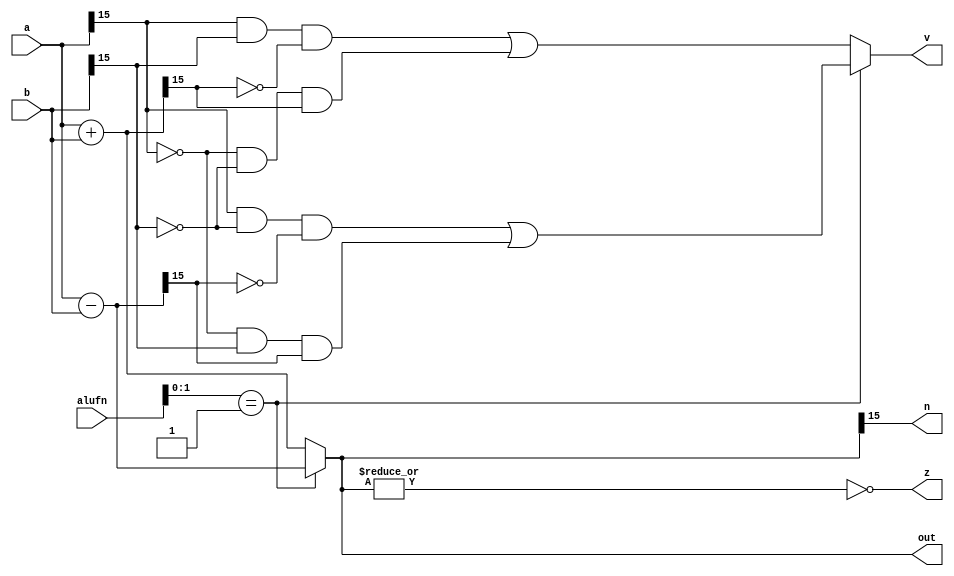
module adderMul_27 (
    input [5:0] alufn,
    input [15:0] a,
    input [15:0] b,
    output reg z,
    output reg v,
    output reg n,
    output reg [15:0] out
  );
  
  
  
  reg [15:0] temp;
  
  always @* begin
    
    case (alufn[0+1-:2])
      2'h0: begin
        temp = a + b;
        v = (a[15+0-:1] & b[15+0-:1] & (~temp[15+0-:1])) | ((~a[15+0-:1]) & (~b[15+0-:1]) & temp[15+0-:1]);
      end
      2'h1: begin
        temp = a - b;
        v = (a[15+0-:1] & (~b[15+0-:1]) & (~temp[15+0-:1])) | ((~a[15+0-:1]) & (b[15+0-:1]) & temp[15+0-:1]);
      end
      default: begin
        temp = a + b;
        v = (a[15+0-:1] & b[15+0-:1] & (~temp[15+0-:1])) | ((~a[15+0-:1]) & (~b[15+0-:1]) & temp[15+0-:1]);
      end
    endcase
    z = (~|temp);
    n = temp[15+0-:1];
    out = temp;
  end
endmodule